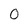
Character: 0